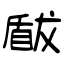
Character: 瞂